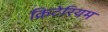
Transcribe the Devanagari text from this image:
क्रिटेरियम